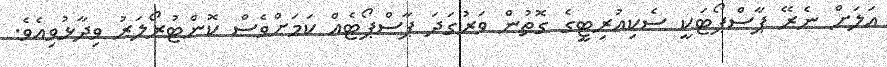
އަލަށް ނެރޭ ޕާސްޕޯޓަކީ ސެކިއުރިޓީގެ ގޮތުން ވަރުގަދަ ޕާސްޕޯޓެއް ކަމަށްވެސް ކޮންޓުރޯލަރު ވިދާޅުވިއެވެ.